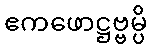
ဧကဖောဋ္ဌဗ္ဗမ္ပိ